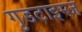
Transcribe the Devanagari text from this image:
गुडटाइम्ज़